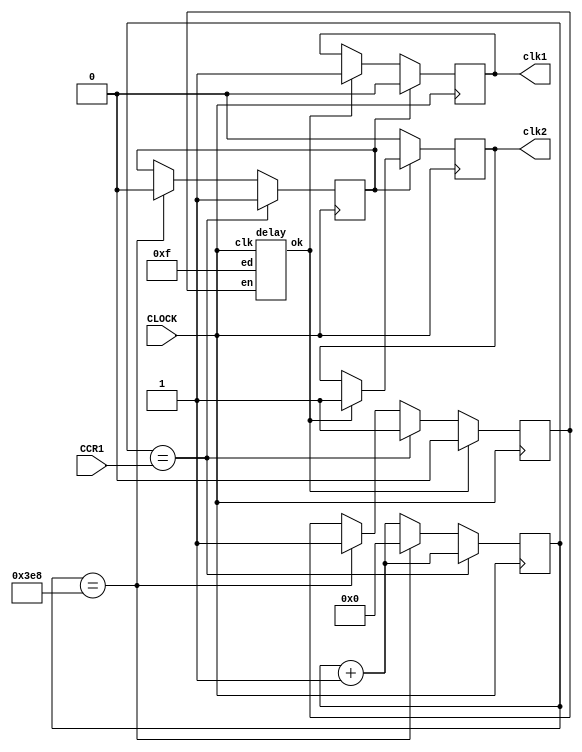
//module pwm
//(
//	input clk_2M,
//	input [6:0] DutyCycle,
//	output reg pwm
//);
//
//reg [6:0] cnt;
//
//	
//always@(posedge clk_2M)
//begin
//	if(cnt<7'd99)
//		cnt<=cnt+6'd1;
//	else
//		cnt<=0;
//	if(cnt<DutyCycle)
//		pwm=1'b1;
//	else pwm=1'b0;
//end
//
//endmodule

module pwm(CLOCK, CCR1, clk1, clk2);
	input CLOCK;
	input [9:0] CCR1;
	output clk1, clk2;
	reg clk1, clk2;
	reg pclk, En, Edg;
	wire Ok;
	reg [9:0] cnt;
	delay d1(En, CLOCK, 4'b1111, Ok);
	
	always@(posedge CLOCK)
	begin
		cnt <= cnt + 10'd1;
		if(cnt == CCR1)
		begin
			pclk <= 1'b1;
			En <= 1'b1;
		end
		else if(cnt == 10'd1000)
		begin
			pclk <= 1'b0;
			cnt <= 0;
			En <= 1'b1;
		end
		
		if(pclk == 1'b1)
		begin
			clk1 <= 0;
			if(Ok)
			begin
				clk2 <= 1'b1;
				En <= 0;
			end
		end
		else if(pclk == 1'b0)
		begin
			clk2 <= 0;
			if(Ok)
			begin
				clk1 <= 1'b1;
				En <= 0;
			end
		end
	end
endmodule

module delay(en,clk,ed,ok);
	input en,clk;
	input [3:0] ed;
	output ok;
	reg [3:0] count;
	reg ok;
	always@(posedge clk)
	begin
		if(en)
		begin
			ok <= 0;
			count <= count+4'b0001;
		end
		if(count == ed)
			ok <= 1;
	end
endmodule